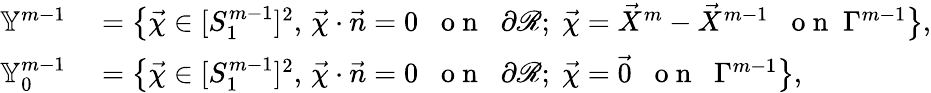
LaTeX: \begin{array}{rl}{\mathbb{Y}^{m-1}}&{{}=\bigl\{ \vec{\chi}\in[S_{1}^{m-1}]^{2},\, \vec{\chi}\cdot\vec{n}=0\; \; \mathrm{~o~n~}\; \; \partial\mathscr{R};\; \vec{\chi}=\vec{X}^{m}-\vec{X}^{m-1}\; \; \mathrm{~o~n~}\; \Gamma^{m-1}\bigr\} ,}\\ {\mathbb{Y}_{0}^{m-1}}&{{}=\bigl\{ \vec{\chi}\in[S_{1}^{m-1}]^{2},\, \vec{\chi}\cdot\vec{n}=0\; \; \mathrm{~o~n~}\; \; \partial\mathscr{R};\; \vec{\chi}=\vec{0}\; \; \mathrm{~o~n~}\; \; \Gamma^{m-1}\bigr\} ,}\end{array}